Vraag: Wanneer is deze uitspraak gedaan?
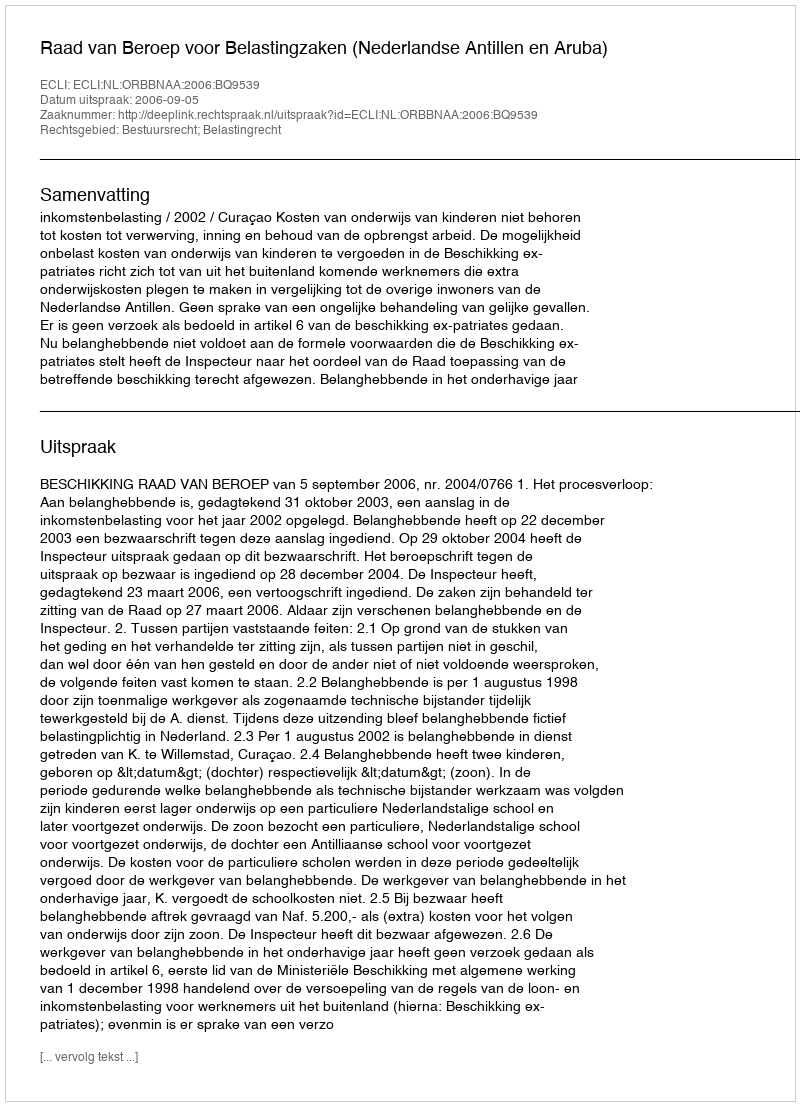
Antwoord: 2006-09-05